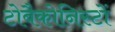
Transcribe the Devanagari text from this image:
टोबैकोनिस्टों